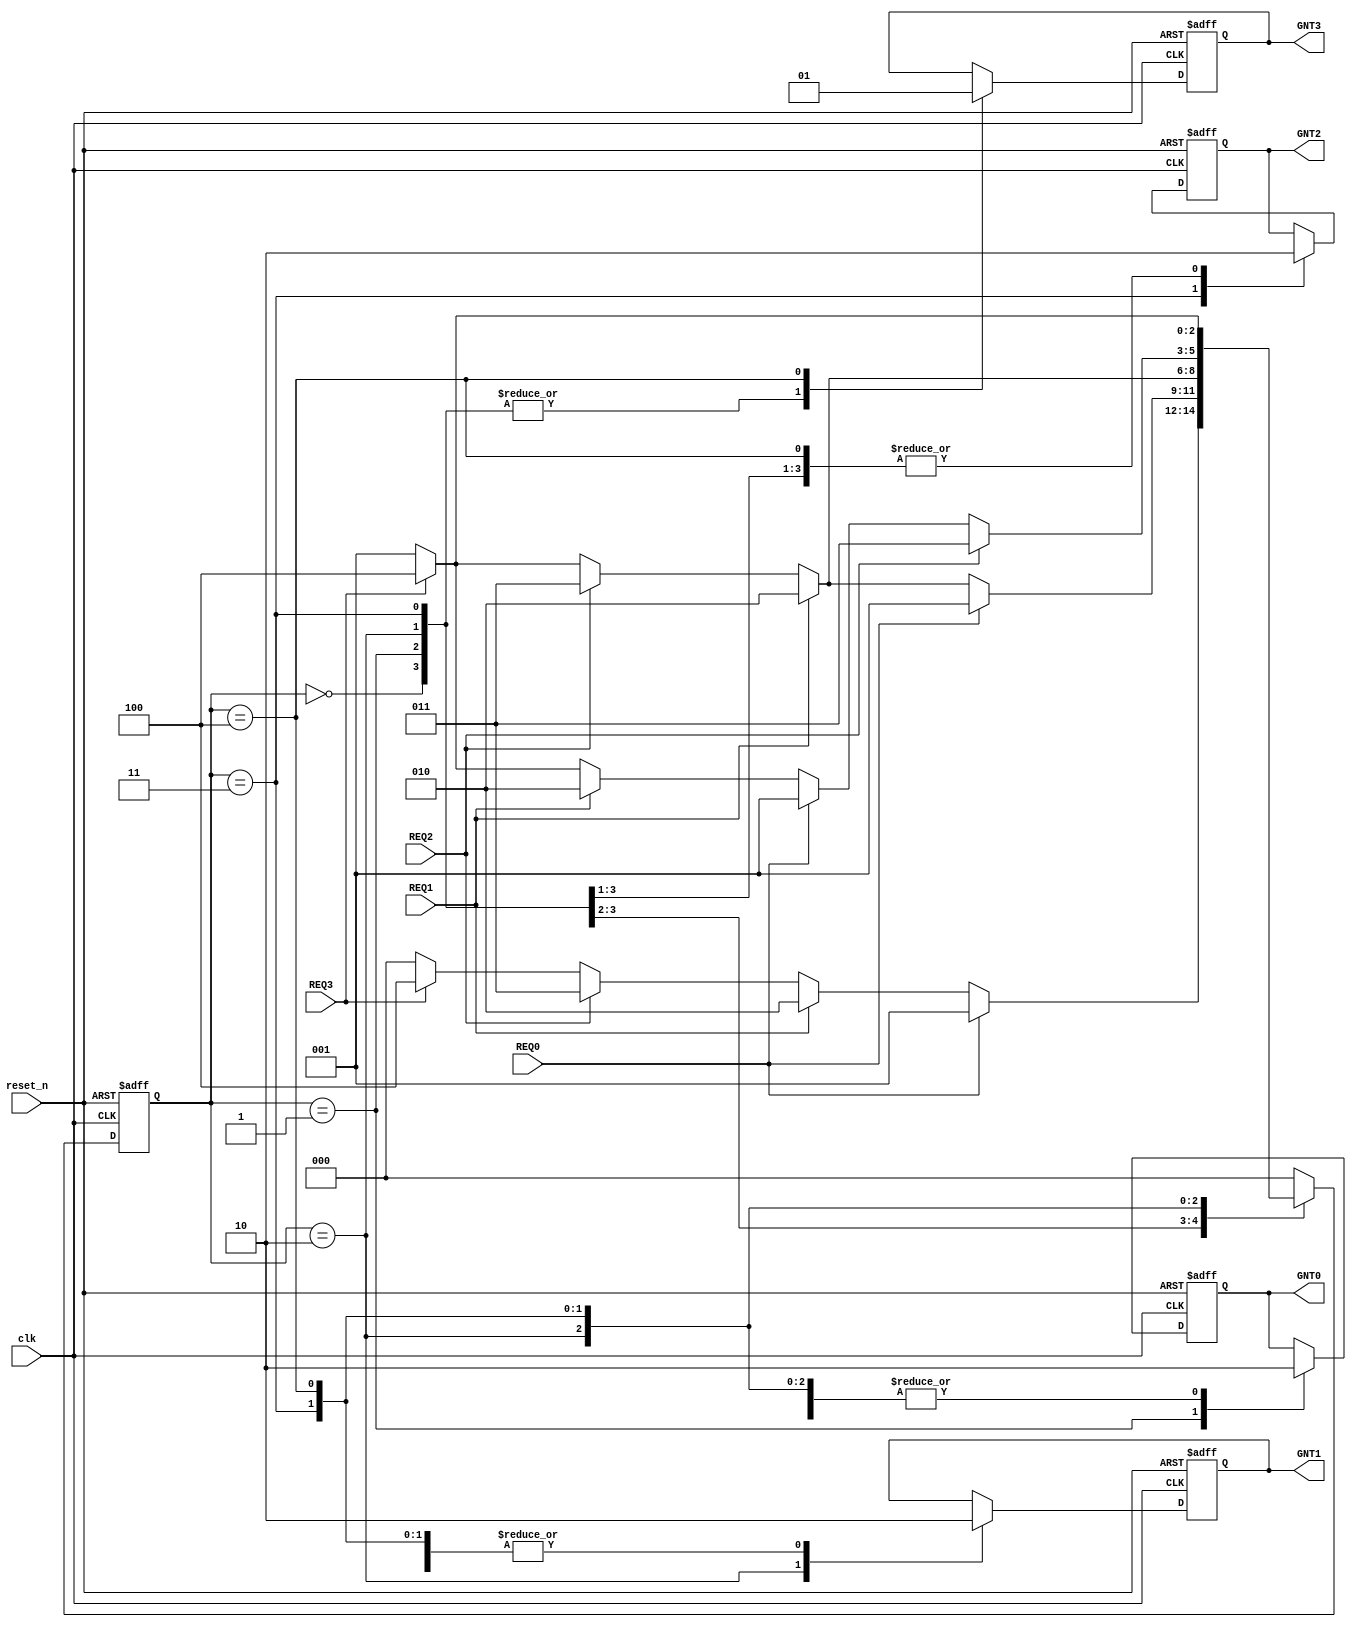
module pci_arbiter (clk,reset_n,REQ0,REQ1,REQ2,REQ3,GNT0,GNT1,GNT2,GNT3) ;

    input clk ;
    input reset_n ;
    input REQ0 ;
    input REQ1 ;
    input REQ2 ;
    input REQ3 ;
    output GNT0 ;
    output GNT1 ;
    output GNT2 ;
    output GNT3 ;
    reg GNT0 ;
    reg GNT1 ;
    reg GNT2 ;
    reg GNT3 ;
    reg [2:0] arbiter_state ;

    always @ (posedge clk or negedge reset_n)
    begin
        if (reset_n == 0)
            begin
                GNT0 <= 0 ;
                GNT1 <= 0 ;
                GNT2 <= 0 ;
                GNT3 <= 0 ;
                arbiter_state <= 0 ;
            end
        else
            case (arbiter_state)
                0: begin
                    GNT0 <= 0 ;
                    GNT1 <= 0 ;
                    GNT2 <= 0 ;
                    GNT3 <= 0 ;
                    if (REQ0 == 1)
                        arbiter_state <= 1 ;
                    else if (REQ1 == 1)
                        arbiter_state <= 2 ;
                    else if (REQ2 == 1)
                        arbiter_state <= 3 ;
                    else if (REQ3 == 1)
                        arbiter_state <= 4 ;
                    else
                        arbiter_state <= 0 ;
                end
                1: begin
                    GNT0 <= 1 ;
                    GNT1 <= 0 ;
                    GNT2 <= 0 ;
                    GNT3 <= 0 ;
                    if (REQ0 == 1)
                        arbiter_state <= 1 ;
                    else if (REQ1 == 1)
                        arbiter_state <= 2 ;
                    else if (REQ2 == 1)
                        arbiter_state <= 3 ;
                    else if (REQ3 == 1)
                        arbiter_state <= 4 ;
                    else
                        arbiter_state <= 1 ;
                end
                2: begin
                    GNT0 <= 0 ;
                    GNT1 <= 1 ;
                    GNT2 <= 0 ;
                    GNT3 <= 0 ;
                    if (REQ1 == 1)
                        arbiter_state <= 2 ;
                    else if (REQ2 == 1)
                        arbiter_state <= 3 ;
                    else if (REQ3 == 1)
                        arbiter_state <= 4 ;
                    else
                        arbiter_state <= 1 ;
                end
                3: begin
                    GNT0 <= 0 ;
                    GNT1 <= 0 ;
                    GNT2 <= 1 ;
                    GNT3 <= 0 ;
                    if (REQ2 == 1)
                        arbiter_state <= 3 ;
                    else if (REQ0 == 1)
                        arbiter_state <= 1 ;
                    else if (REQ1 == 1)
                        arbiter_state <= 2 ;
                    else if (REQ3 == 1)
                        arbiter_state <= 4 ;
                    else
                        arbiter_state <= 1 ;
                end
                4: begin
                    GNT0 <= 0 ;
                    GNT1 <= 0 ;
                    GNT2 <= 0 ;
                    GNT3 <= 1 ;
                    if (REQ3 == 1)
                        arbiter_state <= 4 ;
                    else
                        arbiter_state <= 1 ;
                end
                default: arbiter_state <= 0 ;
            endcase
    end
endmodule